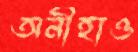
অনীহাও